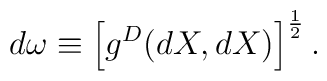
d\omega \equiv \left[g^D(dX,dX)\right]^{\frac{1}{2}}.